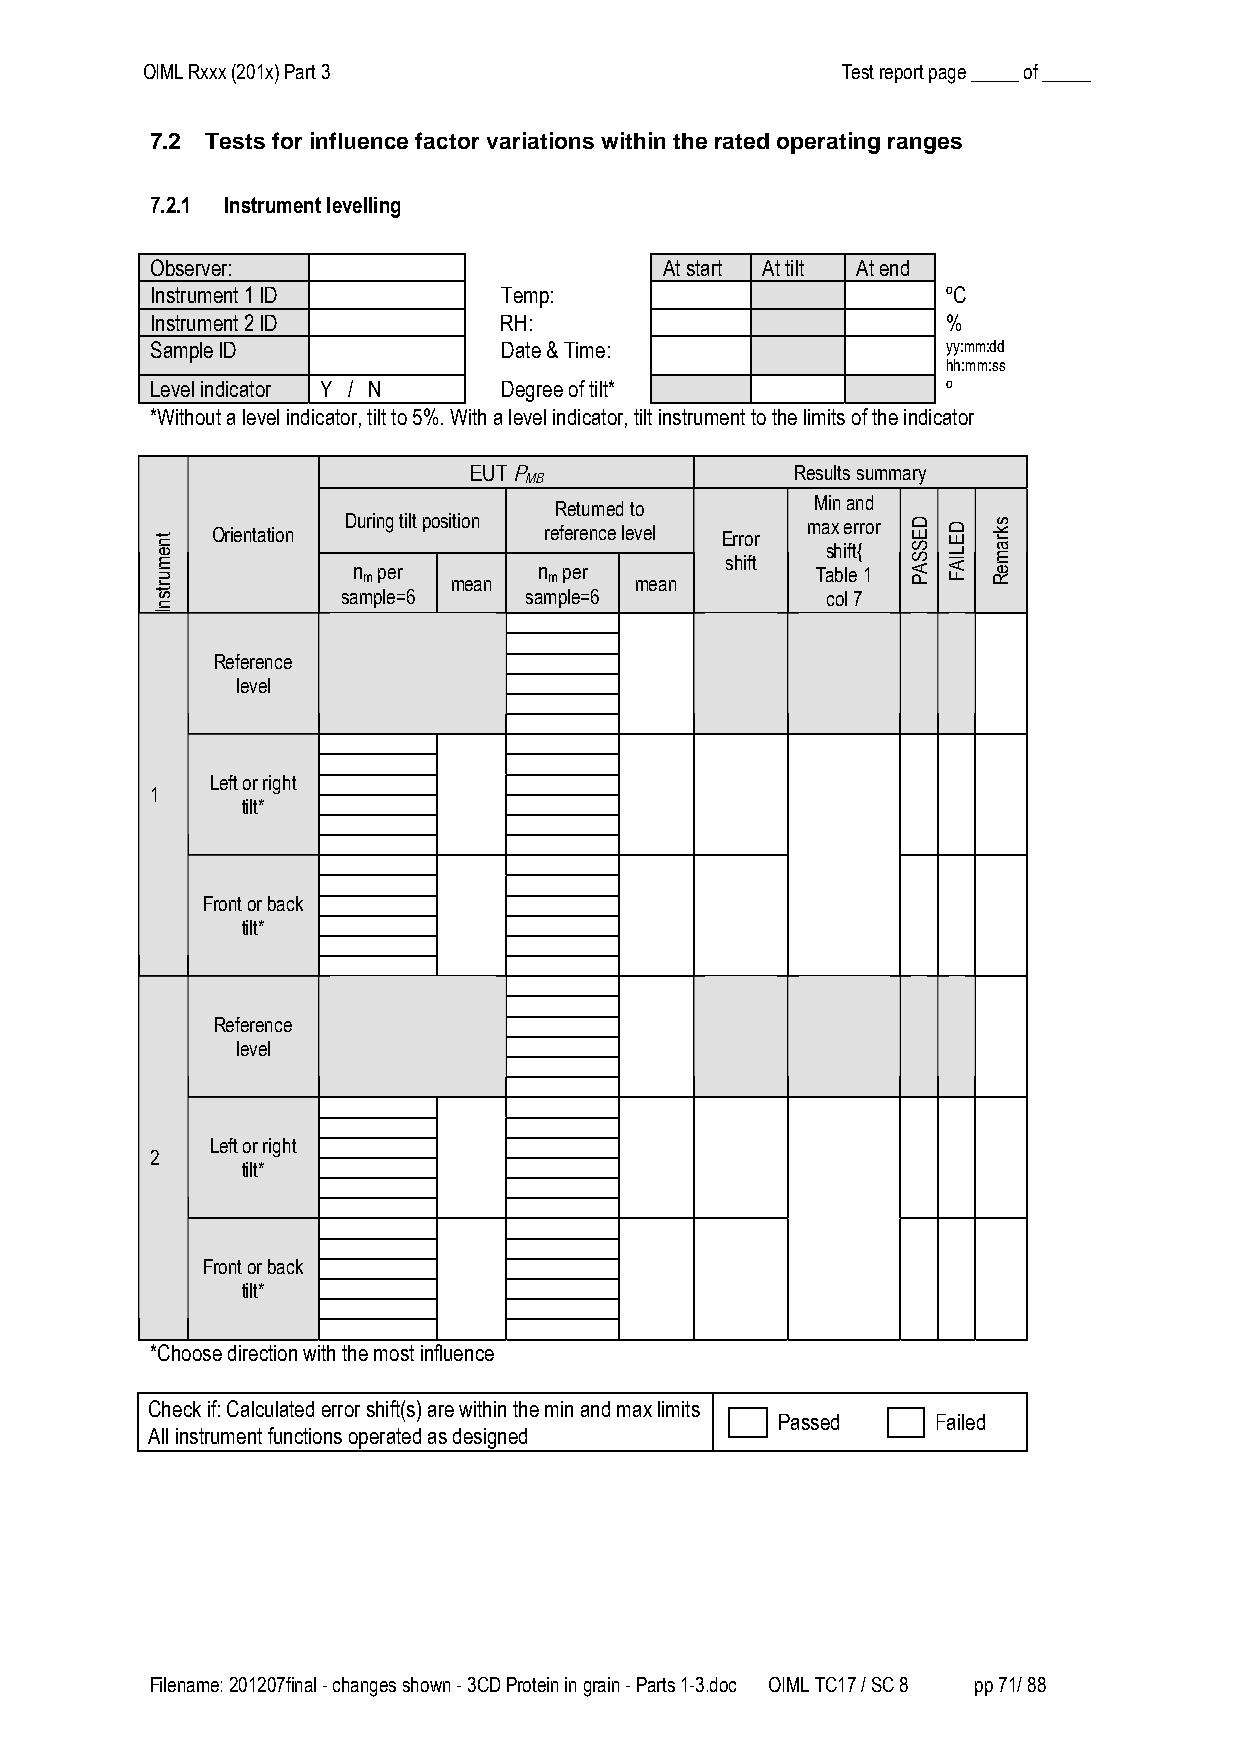
OIML Rxxx (201x) Part 3                        Test report page _____ of _____
 7.2 Tests for influence factor variations within the rated operating ranges
 7.2.1 Instrument levelling
 Observer:                         At start At tilt At end
 Instrument 1 ID        Temp:                         ºC
 Instrument 2 ID        RH:                           %
 Sample ID              Date & Time:                  yy:mm:dd
 hh:mm:ss
 Level indicator Y / N  Degree of tilt*               º
 *Without a level indicator, tilt to 5%. With a level indicator, tilt instrument to the limits of the indicator
 EUT P                 Results summary
 MB
 Min and
 Returned to
 During tilt position          max error Orientation reference level Error
 shift{
 shift
 n m per mean n m per mean      Table 1
 sample=6    sample=6            col 7
 Reference
 level
 Left or right
 1
 tilt*
 Front or back
 tilt*
 Reference
 level
 Left or right
 2
 tilt*
 Front or back
 tilt*
 *Choose direction with the most influence
 Check if: Calculated error shift(s) are within the min and max limits
 Passed     Failed
 All instrument functions operated as designed
 Filename: 201207final - changes shown - 3CD Protein in grain - Parts 1-3.doc OIML TC17 / SC 8 pp 71/ 88
 tnemurtsnI                                        DESSAP DELIAF skrameR